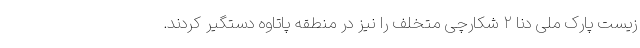
زیست پارک ملی دنا ۲ شکارچی متخلف را نیز در منطقه پاتاوه دستگیر کردند.